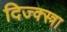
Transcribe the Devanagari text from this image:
दिज्क्स्त्रा